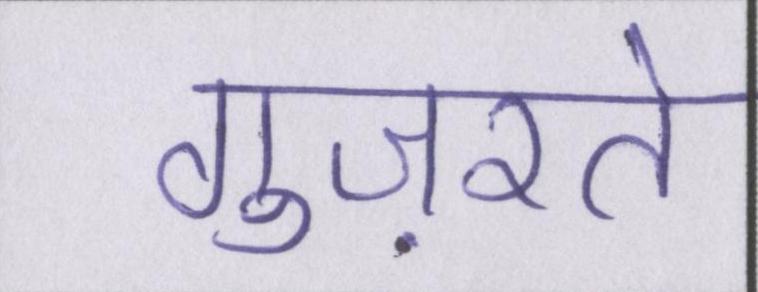
गुज़रते